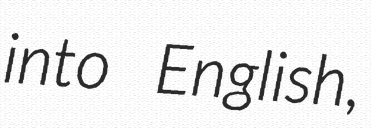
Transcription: into English,